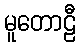
မူတောဠီ